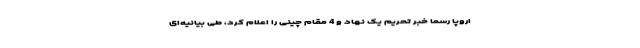
اروپا رسماً خبر تحریم یک نهاد و 4 مقام چینی را اعلام کرد، طی بیانیه‌ای